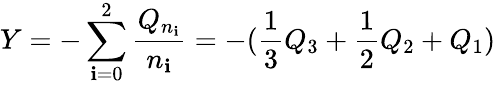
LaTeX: Y=-\sum_{\mathbf{i}=0}^{2}\frac{{Q_{n_{\mathbf{i}}}}}{{n_{\mathbf{i}}}}=-(\frac{{1}}{{3}}Q_{3}+\frac{{1}}{{2}}Q_{2}+Q_{1})